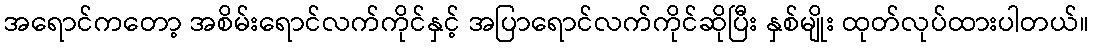
အရောင်ကတော့ အစိမ်းရောင်လက်ကိုင်နှင့် အပြာရောင်လက်ကိုင်ဆိုပြီး နှစ်မျိုး ထုတ်လုပ်ထားပါတယ်။